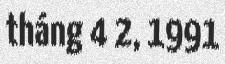
tháng 4 2, 1991